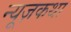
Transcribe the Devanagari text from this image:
न्यूज़कथा